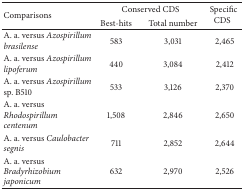
<table><thead><tr><td rowspan="2"><b>Comparisons</b></td><td colspan="2"><b>Conserved CDS</b></td><td rowspan="2"><b>Specific CDS</b></td></tr><tr><td><b>Best-hits</b></td><td><b>Total number</b></td></tr></thead><tbody><tr><td>A. a. versus <i>Azospirillum brasilense </i></td><td>583</td><td>3,031</td><td>2,465</td></tr><tr><td>A. a. versus <i>Azospirillum lipoferum </i></td><td>440</td><td>3,084</td><td>2,412</td></tr><tr><td>A. a. versus <i>Azospirillum </i>sp. B510</td><td>533</td><td>3,126</td><td>2,370</td></tr><tr><td>A. a. versus <i>Rhodospirillum centenum </i></td><td>1,508</td><td>2,846</td><td>2,650</td></tr><tr><td>A. a. versus <i>Caulobacter segnis </i></td><td>711</td><td>2,852</td><td>2,644</td></tr><tr><td>A. a. versus <i>Bradyrhizobium japonicum </i></td><td>632</td><td>2,970</td><td>2,526</td></tr></tbody></table>